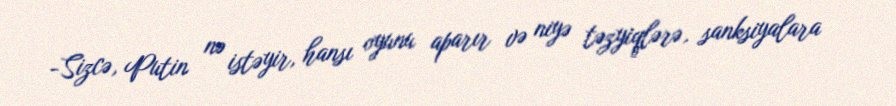
-Sizcə, Putin nə istəyir, hansı oyunu aparır və niyə təzyiqlərə, sanksiyalara